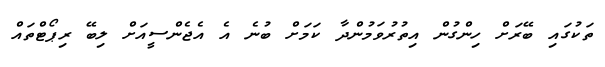
ތަކުގައި ބޭރަށް ހިންގުން އިތުރުވަމުންދާ ކަމަށް ބުނެ އެ އެޖެންސީއަށް ލިބޭ ރިޕޯޓްތައް